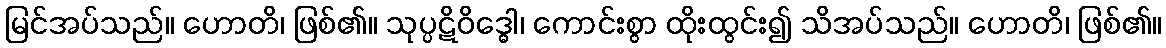
မြင်အပ်သည်။ ဟောတိ၊ ဖြစ်၏။ သုပ္ပဋိဝိဒ္ဓေါ၊ ကောင်းစွာ ထိုးထွင်း၍ သိအပ်သည်။ ဟောတိ၊ ဖြစ်၏။